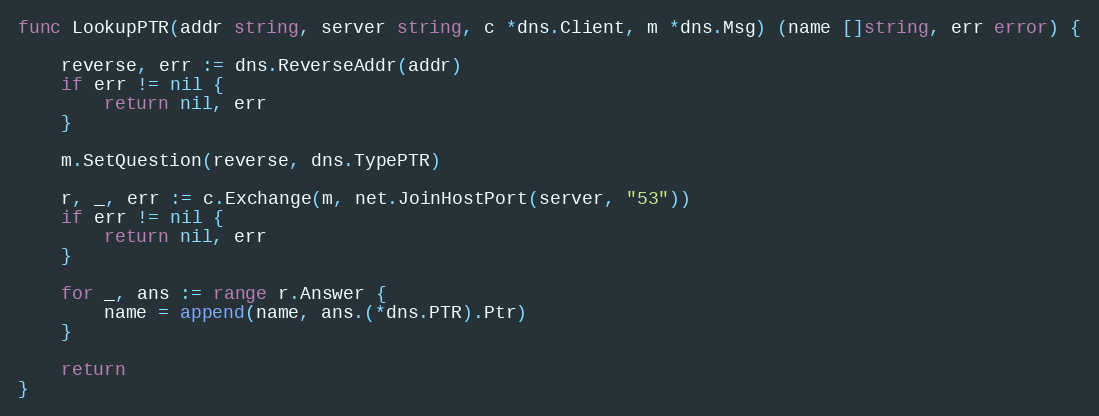
Language: Go
func LookupPTR(addr string, server string, c *dns.Client, m *dns.Msg) (name []string, err error) {

	reverse, err := dns.ReverseAddr(addr)
	if err != nil {
		return nil, err
	}

	m.SetQuestion(reverse, dns.TypePTR)

	r, _, err := c.Exchange(m, net.JoinHostPort(server, "53"))
	if err != nil {
		return nil, err
	}

	for _, ans := range r.Answer {
		name = append(name, ans.(*dns.PTR).Ptr)
	}

	return
}